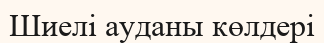
Шиелі ауданы көлдері